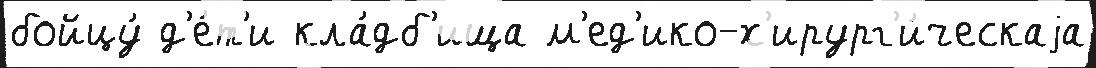
бойцу́ д'е́т'и кла́дб'ища м'ед'ико-х'ирург'и́ческаjа